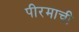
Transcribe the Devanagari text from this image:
पीरमाची